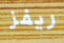
ريفز